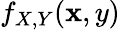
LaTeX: f_{X,Y}(\mathbf{x},y)